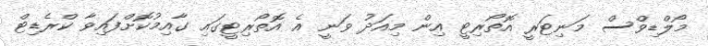
މޯލްޑިވްސް މަނިޓަރީ އޮތޯރިޓީ އިން މިއަދު ވަނީ އެ އޮތޯރިޓީގައި ގާއިމުކޮށްފައިވާ ކްރެޑިޓް